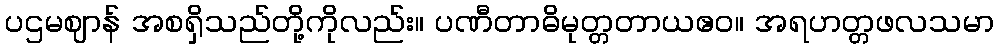
ပဌမဈာန် အစရှိသည်တို့ကိုလည်း။ ပဏီတာဓိမုတ္တတာယဧဝ။ အရဟတ္တဖလသမာ